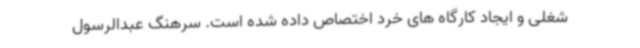
شغلی و ایجاد کارگاه های خرد اختصاص داده شده است. سرهنگ عبدالرسول